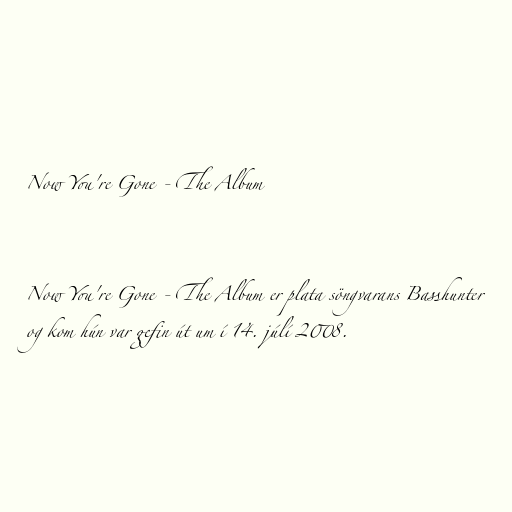
Now You're Gone - The Album

Now You're Gone - The Album er plata söngvarans Basshunter
og kom hún var gefin út um í 14. júlí 2008.